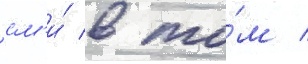
см'и́ в то́м /